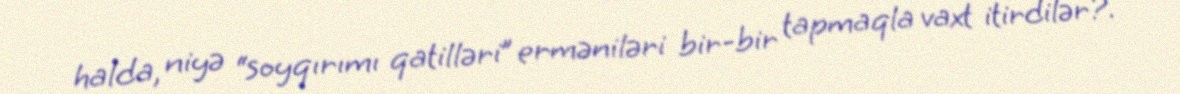
halda, niyə “soyqırımı qatilləri” erməniləri bir-bir tapmaqla vaxt itirdilər?.